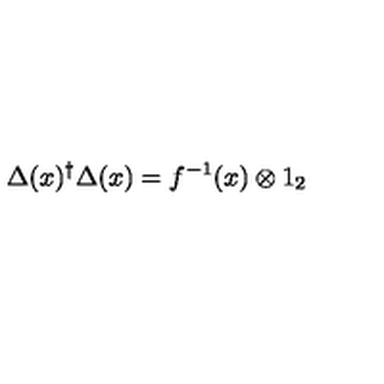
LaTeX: \Delta ( x ) ^ { \dagger } \Delta ( x ) = f ^ { - 1 } ( x ) \otimes 1 _ { 2 }